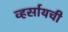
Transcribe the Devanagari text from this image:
व्हर्सायची